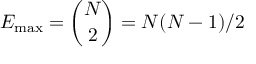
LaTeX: E _ { \operatorname* { m a x } } = { \binom { N } { 2 } } = N ( N - 1 ) / 2